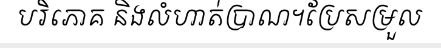
បរិភោគ និងលំហាត់ប្រាណ។ប្រែសម្រួល